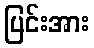
ပြင်းအား